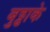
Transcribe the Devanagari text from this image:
बुढ्ढाके